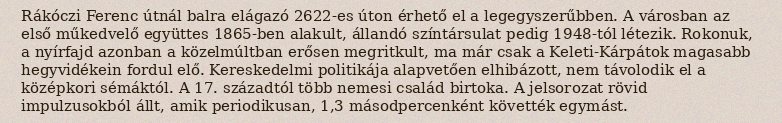
Rákóczi Ferenc útnál balra elágazó 2622-es úton érhető el a legegyszerűbben. A városban az első műkedvelő együttes 1865-ben alakult, állandó színtársulat pedig 1948-tól létezik. Rokonuk, a nyírfajd azonban a közelmúltban erősen megritkult, ma már csak a Keleti-Kárpátok magasabb hegyvidékein fordul elő. Kereskedelmi politikája alapvetően elhibázott, nem távolodik el a középkori sémáktól. A 17. századtól több nemesi család birtoka. A jelsorozat rövid impulzusokból állt, amik periodikusan, 1,3 másodpercenként követték egymást.